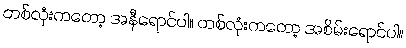
တစ်လုံးကတော့ အနီရောင်ပါ။ တစ်လုံးကတော့ အစိမ်းရောင်ပါ။